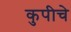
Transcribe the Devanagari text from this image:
कुपीचे